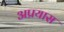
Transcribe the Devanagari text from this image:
अप्रयास